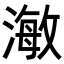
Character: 𭲅